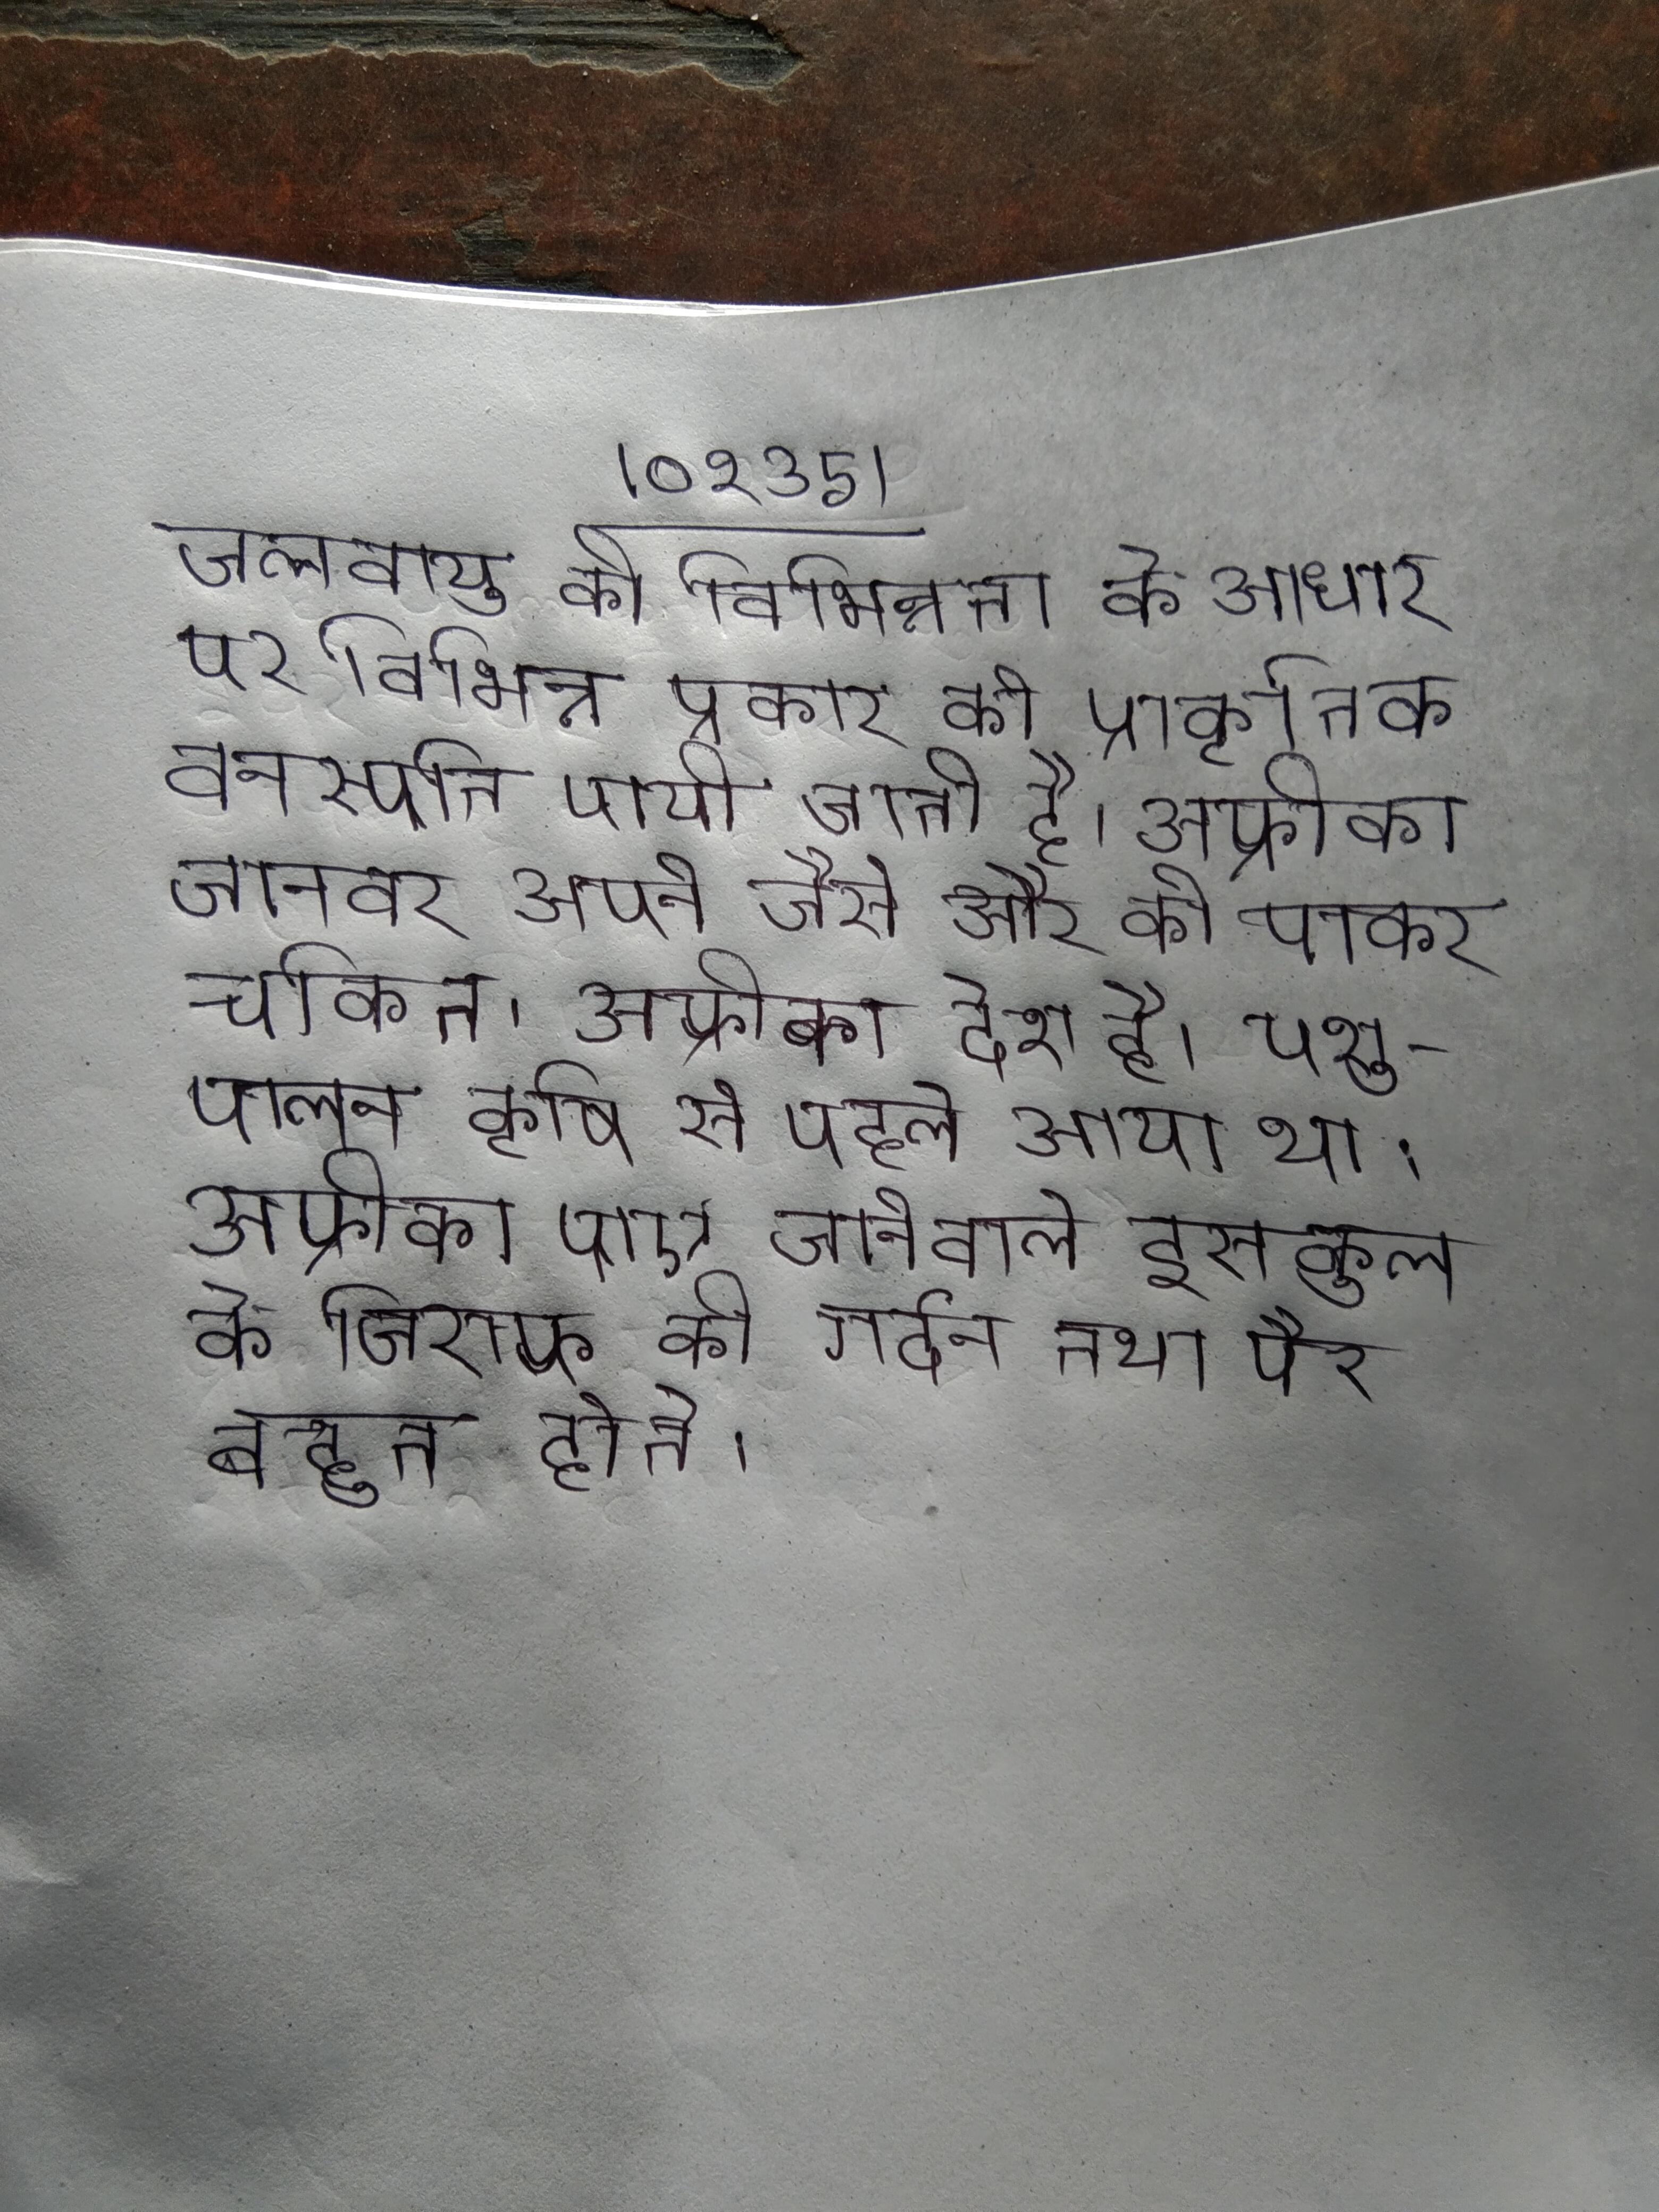
जलवायु की विभिन्नता के आधार पर विभिन्न प्रकार की प्राकृतिक वनस्पति पायी जाती है । अफ्रीका जानवर अपने जैसे और को पाकर चकित । अफ्रीका देश है । पशु-पालन कृषि से पहले आया था । अफ्रीका पाए जानेवाले इस कुल के जिराफ की गर्दन तथा पैर बहुत होते ।